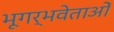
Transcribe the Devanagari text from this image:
भूगर्भवेताओं